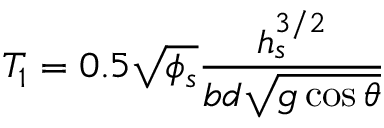
T _ { 1 } = 0 . 5 \sqrt { \phi _ { s } } \frac { h _ { s } ^ { 3 / 2 } } { b d \sqrt { g \cos { \theta } } }